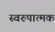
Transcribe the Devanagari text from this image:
स्वरुपात्मक